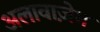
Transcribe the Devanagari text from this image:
अलावाज़ेम